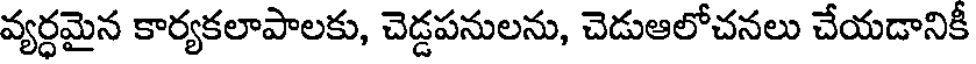
వ్యర్ధమైన కార్యకలాపాలకు, చెడ్డపనులను, చెడుఆలోచనలు చేయడానికీ